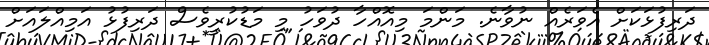
ދަރިފުޅަކަށް އެވަރެއް ނުވާނެ. މަންމަ މިއޮއްހާ ދުވަހު މި މަޑުކުރީވެސް ދަރިފުޅު އަމިއްލައަށް